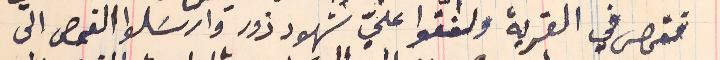
ففحص في القرية ولفقوا عليّ شهود ذور وارسَلوا الفحص الى